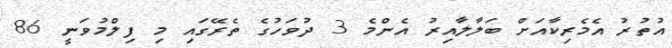
އުތުރު އެމެރިކާއަށް ބަލާލާއިރު އެންމެ 3 ދުވަހުގެ ތެރޭގައި މި ފިލްމުވަނީ 86